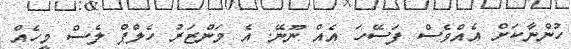
ހުންނާކަށް އެއްވެސް ފަސޭހަ އެއް ނޫނޭ. އެ މަންޒަރު ހެލްޕް ލެސް މީހެއް